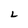
Character: L